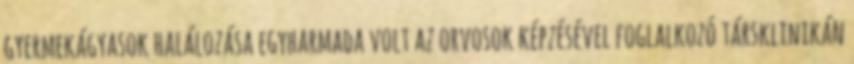
gyermekágyasok halálozása egyharmada volt az orvosok képzésével foglalkozó társklinikán